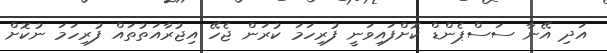
އަދި އޭނާ ސަސްޕެންޑް ކޮށްފައިވަނީ ފުރިހަމަ ކުރަން ޖެހޭ އިޖުރާއަތުތައް ފުރިހަމަ ނުކޮށް